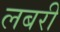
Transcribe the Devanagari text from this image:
लबरी